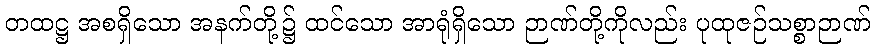
တထဋ္ဌ အစရှိသော အနက်တို့၌ ထင်သော အာရုံရှိသော ဉာဏ်တို့ကိုလည်း ပုထုဇဉ်သစ္စာဉာဏ်